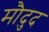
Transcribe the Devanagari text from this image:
मौदुद